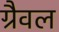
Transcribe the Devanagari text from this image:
ग्रैवल